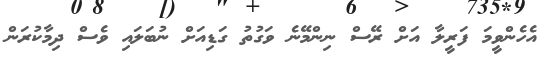
އެހެންވީމަ ފަރީލާ އަށް ރޭސް ނިންމޭނެ ވަގުތު ގަޑިއަށް ނުބަލައި ވެސް ދިމާކުރަން